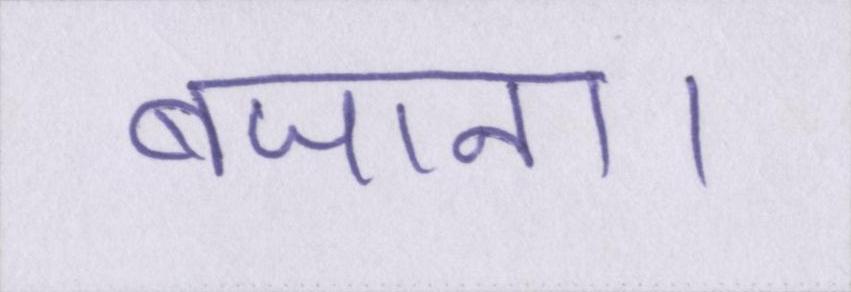
बजाना।